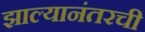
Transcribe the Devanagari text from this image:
झाल्यानंतरची